Code of medical and sanitary regulations for the guidance of medical officers serving in the Madras Presidency - Volume I
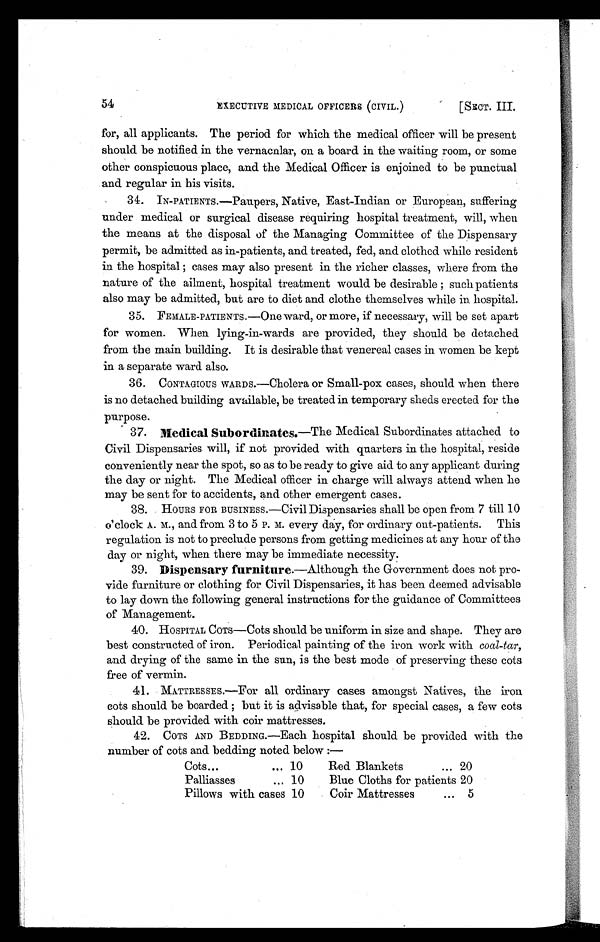
54
EXECUTIVE MEDICAL OFFICERS (CIVIL.)
[SECT.
III.
for, all applicants. The period for which the medical officer will be present
should be notified in the vernacnlar, on a board in the waiting room, or some
other conspicuous place, and the Medical Officer is enjoined to be punctual
and regular in his visits.
34. IN-PATIENTS.—Paupers, Native, East-Indian or European, suffering
under medical or surgical disease requiring hospital treatment, will, when
the means at the disposal of the Managing Committee of the Dispensary
permit, be admitted as in-patients, and treated, fed, and clothed while resident
in the hospital ; cases may also present in the richer classes, where from the
nature of the ailment, hospital treatment would be desirable ; such patients
also may be admitted, but are to diet and clothe themselves while in hospital.
35. FEMALE-PATIENTS.—One ward, or more, if necessary, will be set apart
for women. When lying-in-wards are provided, they should be detached
from the main building. It is desirable that venereal cases in women be kept
in a separate ward also.
36. CONTAGIOUS WARDS.—Cholera or Small-pox cases, should when there
is no detached building available, be treated in temporary sheds erected for the
purpose.
37. Medical Subordinates .—The Medical Subordinates attached to
Civil Dispensaries will, if not provided with quarters in the hospital, reside
conveniently near the spot, so as to be ready to give aid to any applicant during
the day or night. The Medical officer in charge will always attend when he
may be sent for to accidents, and other emergent cases.
38. HOURS FOR BUSINESS.—Civil Dispensaries shall be open from 7 till 10
o'clock A. M., and from 3 to 5 P. M. every day, for ordinary out-patients. This
regulation is not to preclude persons from getting medicines at any hour of the
clay or night, when there may be immediate necessity.
39. Dispensary furniture. —Although the Government does not pro-
vide furniture or clothing for Civil Dispensaries, it has been deemed advisable
to lay down the following general instructions for the guidance of Committees
of Management.
40. HOSPITAL COTS—Cots should be uniform in size and shape. They are
best constructed of iron. Periodical painting of the iron work with coal-tar,
and drying of the same in the sun, is the best mode of preserving these cots
free of vermin.
41. MATTRESSES.—For all ordinary cases amongst Natives, the iron
cots should be boarded ; but it is advisable that, for special cases, a few cots
should be provided with coir mattresses.
42. COTS AND BEDDING.—Each hospital should be provided with the
number of cots and bedding noted below :—
Cots...
... 10
Red Blankets
... 20
Palliasses
... 10
Blue Cloths for patients 20
Pillows with cases 10
Coir Mattresses
... 5